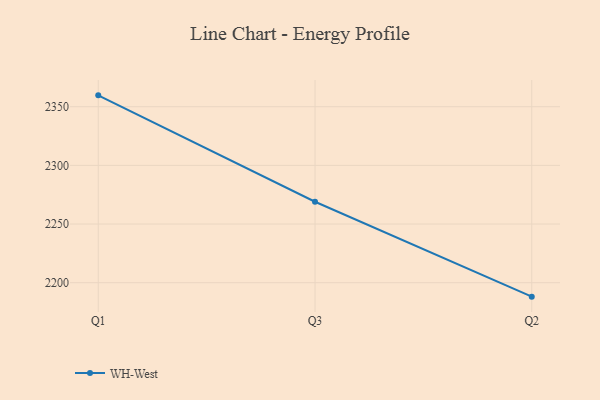
{"axis": {"x": "Quarter", "y": "LTV (USD)"}, "legend": ["WH-West"], "data": [{"x": "Q1", "y": 2359.7, "type": "WH-West"}, {"x": "Q3", "y": 2269.0, "type": "WH-West"}, {"x": "Q2", "y": 2188.1, "type": "WH-West"}]}